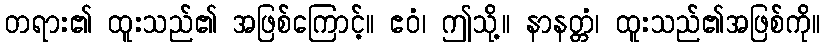
တရား၏ ထူးသည်၏ အဖြစ်ကြောင့်။ ဧဝံ၊ ဤသို့။ နာနတ္တံ၊ ထူးသည်၏အဖြစ်ကို။